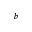
^ b